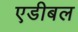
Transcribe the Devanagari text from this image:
एडीबल